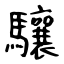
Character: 驤